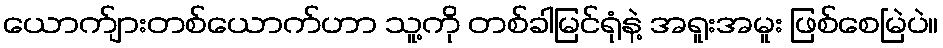
ယောက်ျားတစ်ယောက်ဟာ သူ့ကို တစ်ခါမြင်ရုံနဲ့ အရူးအမူး ဖြစ်စေမြဲပဲ။